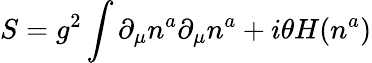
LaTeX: S=g^{2}\int\partial_{\mu}n^{a}\partial_{\mu}n^{a}+i\theta H(n^{a})